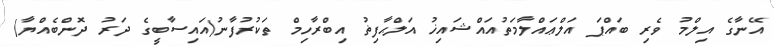
އޭނާގެ އިލްމު ވެރި ބައްޕަ އަލްޢައްލާމަތުއައްޝައިޚު އަލްޙާފިޡު އިބްރާހިމް ތަކުރުފާނު(އައިސާބީގެ ދަރު ދޮންބެއްޔާ)